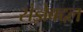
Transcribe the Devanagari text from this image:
संज्ञेबद्दल